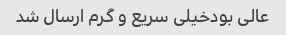
عالی بودخیلی سریع و گرم ارسال شد